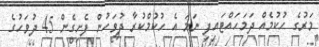
މަރުގެ ހުކުމެއް ދަމަހައްޓައިފި ނަމަ އެ ހުކުމްކުރާ ދުވަހުން ފެށިގެން 45 ދުވަހުގެ